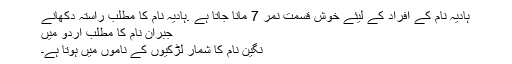
ہادیہ نام کے افراد کے لیئے خوش قسمت نمر 7 مانا جاتا ہے .ہادیہ نام کا مطلب راستہ دکھانے
جبران نام کا مطلب اردو میں
نگین نام کا شمار لڑکیوں کے ناموں میں ہوتا ہے۔